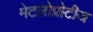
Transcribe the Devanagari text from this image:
मेटलोप्रोटीज